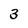
Character: 3